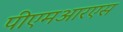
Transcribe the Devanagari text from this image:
पीएमआरएस